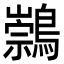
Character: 𪅁